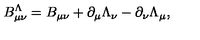
B _ { \mu \nu } ^ { \Lambda } = B _ { \mu \nu } + \partial _ { \mu } \Lambda _ { \nu } - \partial _ { \nu } \Lambda _ { \mu } ,